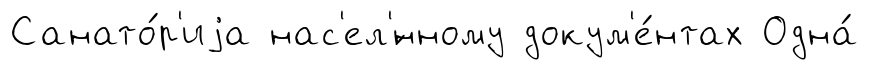
Санато́р'иjа нас'ел'́нному докум'е́нтах Одна́